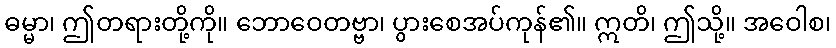
ဓမ္မာ၊ ဤတရားတို့ကို။ ဘောဝေတဗ္ဗာ၊ ပွားစေအပ်ကုန်၏။ ဣတိ၊ ဤသို့။ အဝေါစ၊